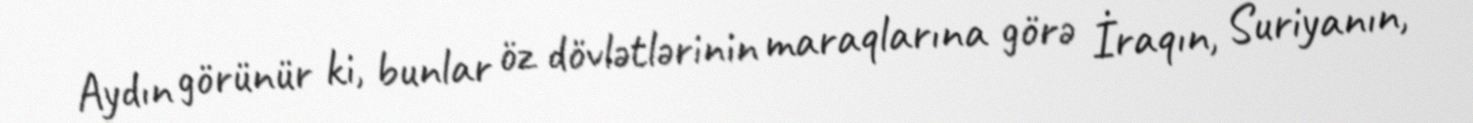
Aydın görünür ki, bunlar öz dövlətlərinin maraqlarına görə İraqın, Suriyanın,